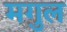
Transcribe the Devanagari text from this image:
मगुल